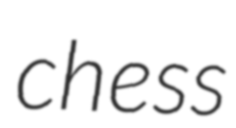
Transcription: chess